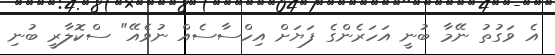
އެ ވަގުތު ނޭމާ ބުނީ އަހަރެންގެ ފަޔަށް އިހްސާސެއް ނުވެއޭ" ސްކޮލާރީ ބުނި